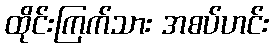
ထိုင်းကြက်သား အစပ်ဟင်း